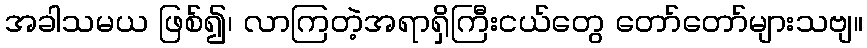
အခါသမယ ဖြစ်၍၊ လာကြတဲ့အရာရှိကြီးငယ်တွေ တော်တော်များသဗျ။